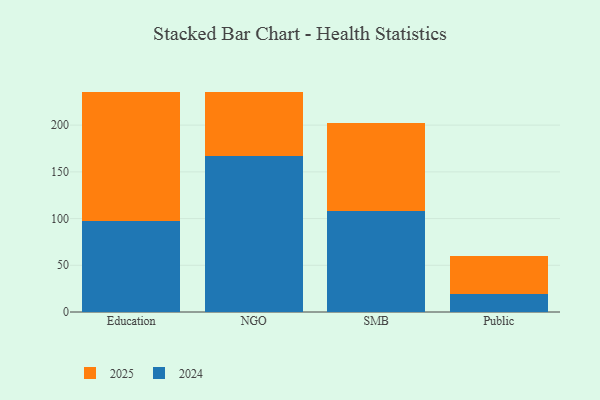
{"axis": {"x": "Segment", "y": "Population (Million)"}, "legend": ["2024", "2025"], "data": [{"x": "Education", "y": 138.7, "type": "2025"}, {"x": "Education", "y": 97.2, "type": "2024"}, {"x": "NGO", "y": 68.3, "type": "2025"}, {"x": "NGO", "y": 167.3, "type": "2024"}, {"x": "SMB", "y": 94.2, "type": "2025"}, {"x": "SMB", "y": 108.4, "type": "2024"}, {"x": "Public", "y": 39.9, "type": "2025"}, {"x": "Public", "y": 19.7, "type": "2024"}]}